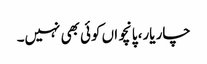
چار یار، پانچواں کوئی بھی نہیں۔